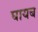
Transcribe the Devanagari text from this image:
घायब